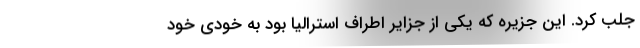
جلب کرد. این جزیره که یکی از جزایر اطراف استرالیا بود به خودی خود